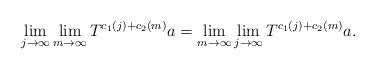
LaTeX: \begin{align*}\lim_{j\to\infty}\lim_{m\to\infty}T^{c_1(j)+c_2(m)}a=\lim_{m\to\infty}\lim_{j\to\infty}T^{c_1(j)+c_2(m)}a.\end{align*}